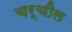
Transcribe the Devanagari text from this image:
चर्चील